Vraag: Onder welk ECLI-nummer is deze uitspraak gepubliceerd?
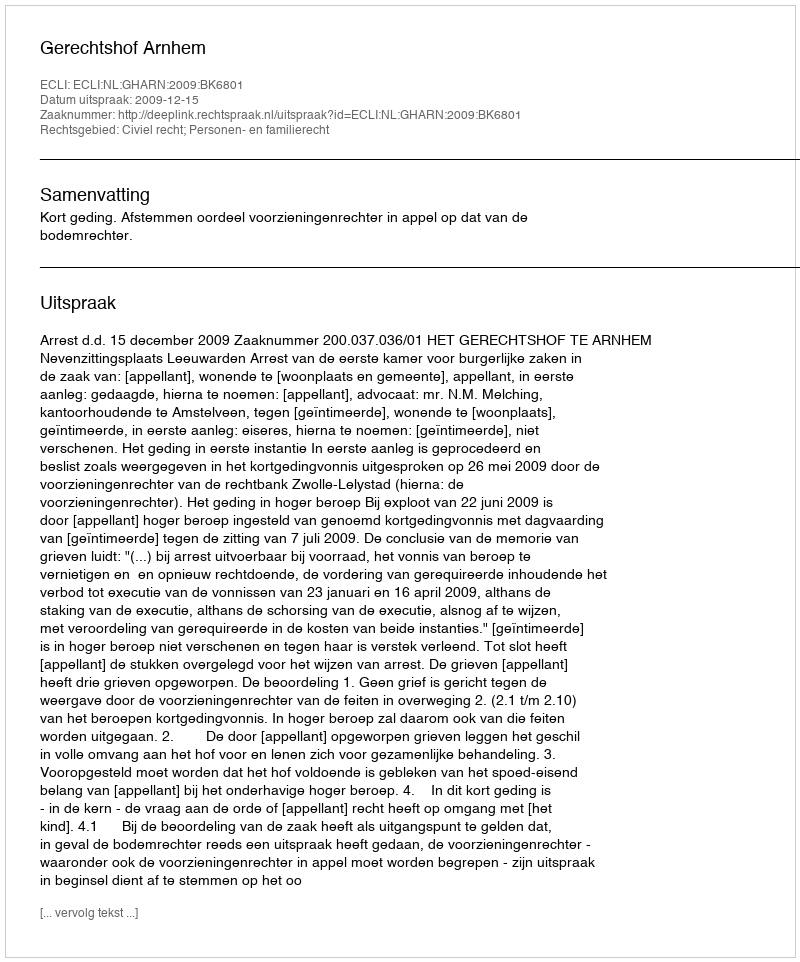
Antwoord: ECLI:NL:GHARN:2009:BK6801